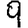
Digit: 9